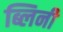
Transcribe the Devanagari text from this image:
ब्लिनी